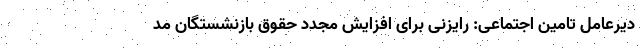
دیرعامل تامین اجتماعی: رایزنی برای افزایش مجدد حقوق بازنشستگان مد